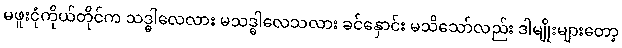
မဖူးငုံကိုယ်တိုင်က သဒ္ဓါလေလား မသဒ္ဓါလေသလား ခင်နှောင်း မသိသော်လည်း ဒါမျိုးများတော့